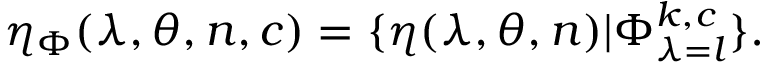
\eta _ { \Phi } ( \lambda , \theta , n , c ) = \{ \eta ( \lambda , \theta , n ) \vert \Phi _ { \lambda = l } ^ { k , c } \} .